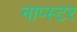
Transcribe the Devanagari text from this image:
नाप्स्टर